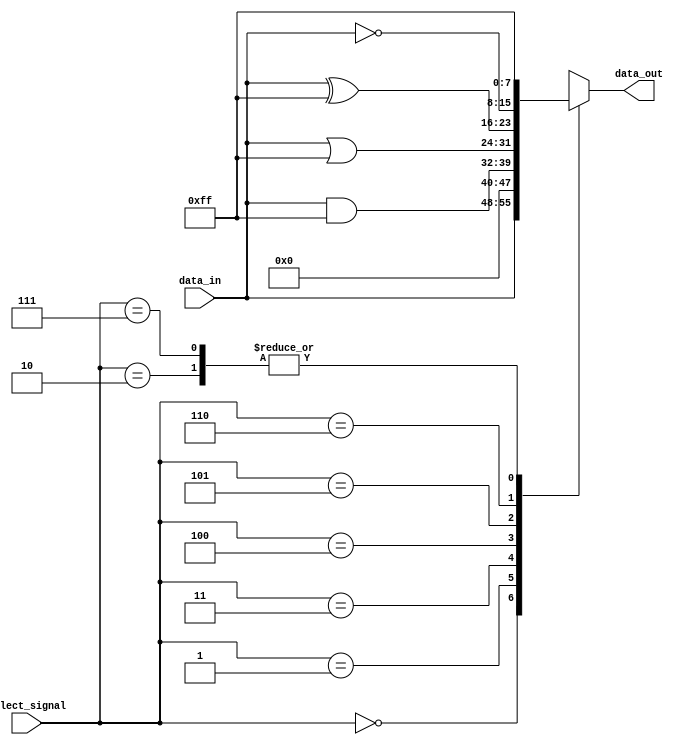
module mux_demux_buffer (
    input wire [7:0] data_in,
    input wire [2:0] select_signal,
    output reg [7:0] data_out
);

always @ (select_signal or data_in)
begin
    case (select_signal)
        3'b000: data_out = data_in;
        3'b001: data_out = 8'b00000000;
        3'b010: data_out = 8'b11111111;
        3'b011: data_out = data_in & 8'hFF;
        3'b100: data_out = data_in | 8'hFF;
        3'b101: data_out = data_in ^ 8'hFF;
        3'b110: data_out = ~data_in;
        3'b111: data_out = 8'b11111111;
        default: data_out = 8'b00000000;
    endcase
end

endmodule